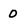
Character: o